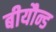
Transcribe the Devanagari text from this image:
बीयौन्ड